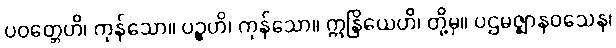
ပဝတ္တေဟိ၊ ကုန်သော။ ပဉ္စဟိ၊ ကုန်သော။ ဣန္ဒြိယေဟိ၊ တို့မှ။ ပဌမဇ္ဈာနဝသေန၊